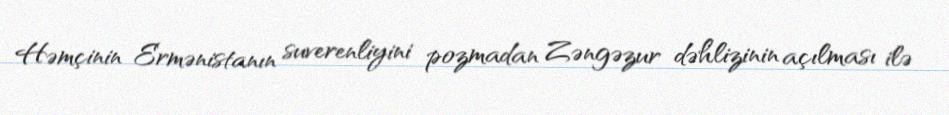
Həmçinin Ermənistanın suverenliyini pozmadan Zəngəzur dəhlizinin açılması ilə